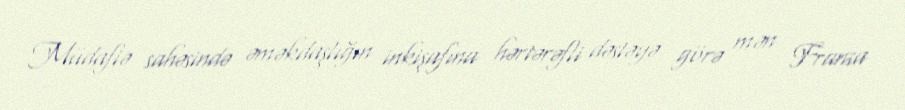
Müdafiə sahəsində əməkdaşlığın inkişafına hərtərəfli dəstəyə görə mən Fransa